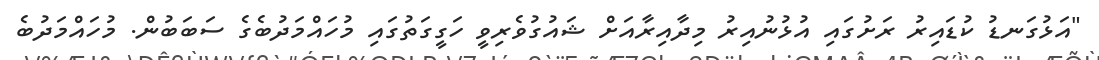
"އަޅުގަނޑު ކުޑައިރު ރަށުގައި އުޅުނުއިރު މިދާއިރާއަށް ޝައުގުވެރިވީ ހަގީގަތުގައި މުހައްމަދުބެގެ ސަބަބުން. މުހައްމަދުބެ